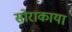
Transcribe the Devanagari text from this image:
सोराकाया